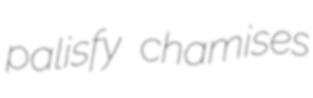
palisfy chamises